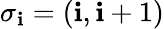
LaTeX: \sigma_{\mathbf{i}}=(\mathbf{i},\mathbf{i}+1)